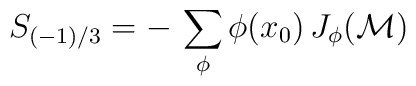
S_{(-1)/3}= - \,\sum_\phi\phi(x_0)\,J_\phi({\cal M})